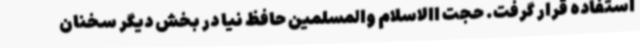
استفاده قرار گرفت. حجت االاسلام والمسلمین حافظ نیا در بخش دیگر سخنان